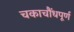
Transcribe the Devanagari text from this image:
चकाचौंधपूर्ण